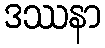
ဒဿနာ